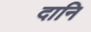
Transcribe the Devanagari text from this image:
दानि